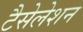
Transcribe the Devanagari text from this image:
टैसेलेशन